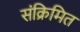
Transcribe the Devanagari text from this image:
संक्रिमित